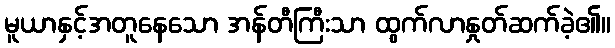
မူယာနှင့်အတူနေသော အန်တီကြီးသာ ထွက်လာနှုတ်ဆက်ခဲ့၏။